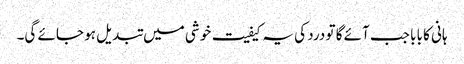
ہانی کا بابا جب آئے گا تو درد کی یہ کیفیت خوشی میں تبدیل ہو جائے گی۔